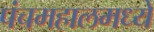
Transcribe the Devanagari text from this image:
पंचमहालमध्ये